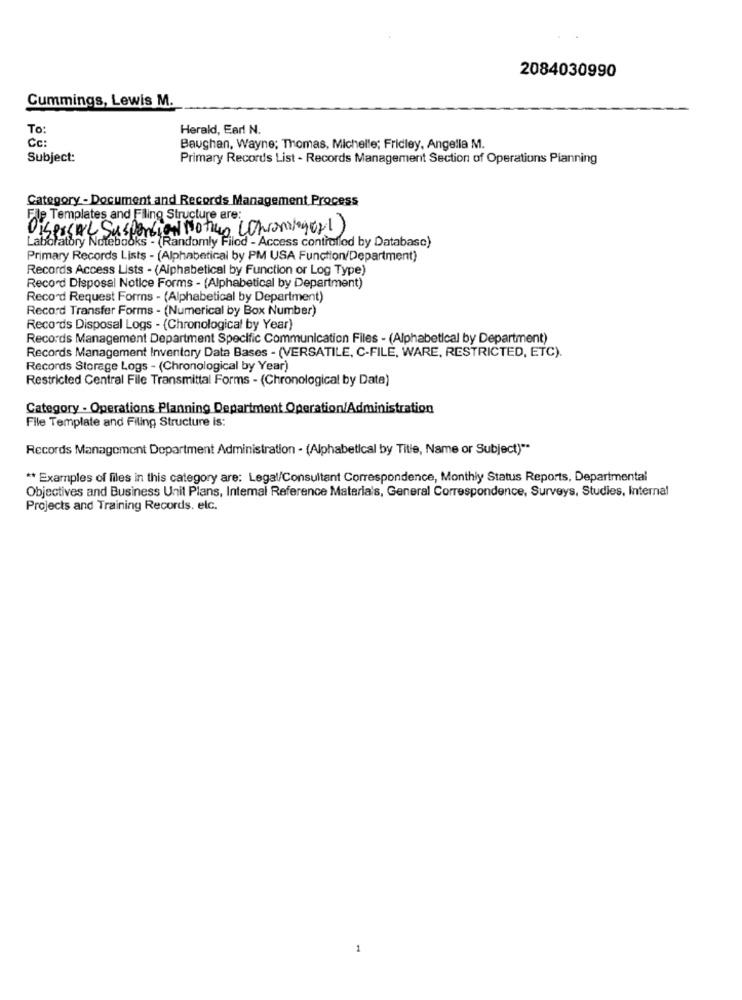
2084030990
Cummings, Lewis M.
To:
Herald, Earl N.
Cc:
Baughan, Wayne; Thomas, Michelle; Fridley, Angella M.
Subject:
Primary Records List - Records Management Section of Operations Pianning
Category - Document and Records Management Process
File Templates and Filing Structure are:
Dispecial Suspension Motivo (Chronileger1)
Laboratory Notebooks - (Randomly Filod - Access controlled by Database)
Primary Records Lists - (Alphabetical by PM USA Function/Department)
Records Access Lists - (Alphabetical by Function or Log Type)
Record Disposal Notice Forms - (Alphabetical by Department)
Record Request Forms - (Alphabetical by Department)
Record Transfer Forms - (Numerical by Box Number)
Records Disposal Logs - (Chronological by Year)
Records Management Department Specific Communication Files - (Alphabetical by Department)
Records Management Inventory Data Bases - (VERSATILE, C-FILE, WARE, RESTRICTED, ETC).
Records Storage Logs - (Chronological by Year)
Restricted Central File Transmittal Forms - (Chronological by Date)
Category - Operations Planning Department Operation/Administration
File Template and Filing Structure is:
Records Management Department Administration - (Alphabetical by Title, Name or Subject)"
** Examples of files in this category are: Legal/Consultant Correspondence, Monthly Status Reports, Departmental
Objectives and Business Unit Plans, Intemal Reference Materials, General Correspondence, Surveys, Studies, Internal
Projects and Training Records. elc.
1